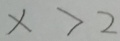
x > 2